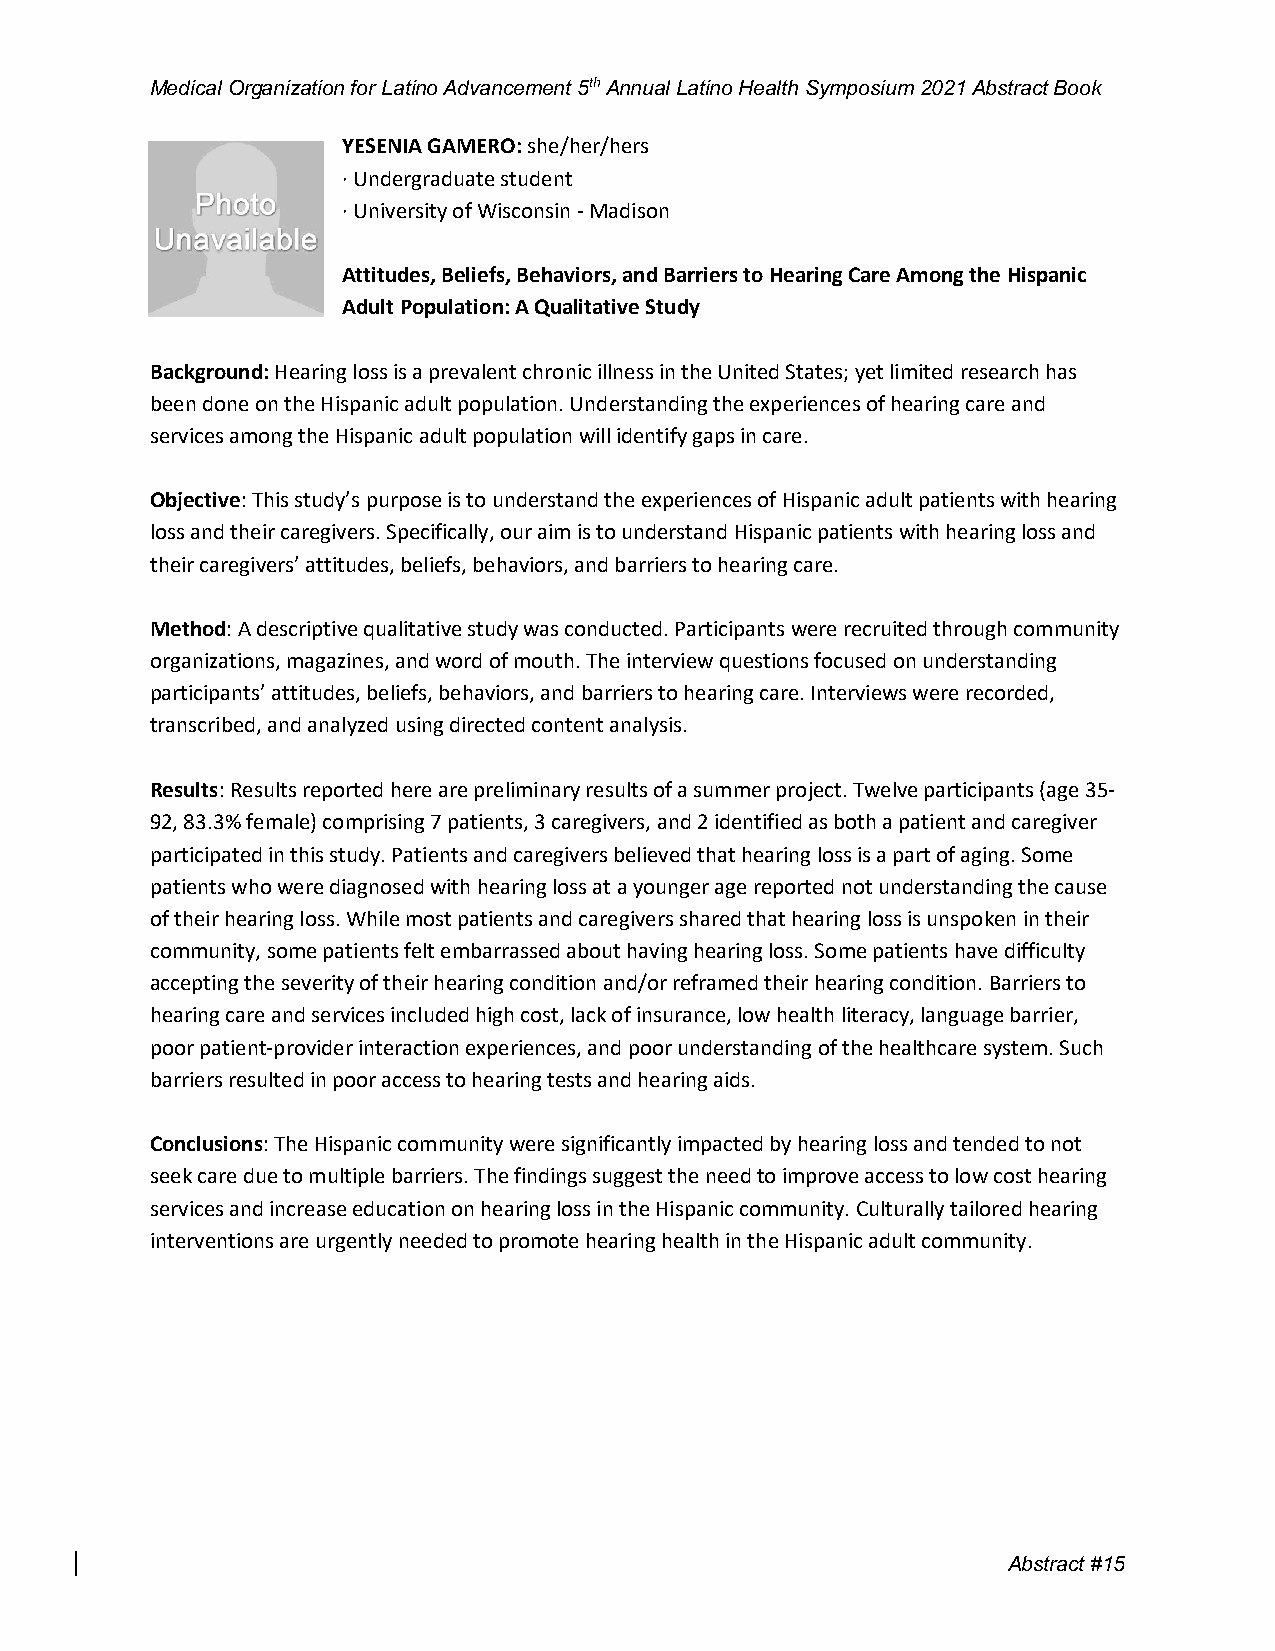
Medical Organization for Latino Advancement 5th Annual Latino Health Symposium 2021 Abstract Book
 YESENIA GAMERO: she/her/hers
 · Undergraduate student
 · University of Wisconsin - Madison
 Attitudes, Beliefs, Behaviors, and Barriers to Hearing Care Among the Hispanic
 Adult Population: A Qualitative Study
 Background: Hearing loss is a prevalent chronic illness in the United States; yet limited research has
 been done on the Hispanic adult population. Understanding the experiences of hearing care and
 services among the Hispanic adult population will identify gaps in care.
 Objective: This study’s purpose is to understand the experiences of Hispanic adult patients with hearing
 loss and their caregivers. Specifically, our aim is to understand Hispanic patients with hearing loss and
 their caregivers’ attitudes, beliefs, behaviors, and barriers to hearing care.
 Method: A descriptive qualitative study was conducted. Participants were recruited through community
 organizations, magazines, and word of mouth. The interview questions focused on understanding
 participants’ attitudes, beliefs, behaviors, and barriers to hearing care. Interviews were recorded,
 transcribed, and analyzed using directed content analysis.
 Results: Results reported here are preliminary results of a summer project. Twelve participants (age 35-
 92, 83.3% female) comprising 7 patients, 3 caregivers, and 2 identified as both a patient and caregiver
 participated in this study. Patients and caregivers believed that hearing loss is a part of aging. Some
 patients who were diagnosed with hearing loss at a younger age reported not understanding the cause
 of their hearing loss. While most patients and caregivers shared that hearing loss is unspoken in their
 community, some patients felt embarrassed about having hearing loss. Some patients have difficulty
 accepting the severity of their hearing condition and/or reframed their hearing condition. Barriers to
 hearing care and services included high cost, lack of insurance, low health literacy, language barrier,
 poor patient-provider interaction experiences, and poor understanding of the healthcare system. Such
 barriers resulted in poor access to hearing tests and hearing aids.
 Conclusions: The Hispanic community were significantly impacted by hearing loss and tended to not
 seek care due to multiple barriers. The findings suggest the need to improve access to low cost hearing
 services and increase education on hearing loss in the Hispanic community. Culturally tailored hearing
 interventions are urgently needed to promote hearing health in the Hispanic adult community.
 Abstract #15